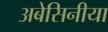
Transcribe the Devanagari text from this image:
अबेसिनीया